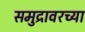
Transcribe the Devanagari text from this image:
समुद्रावरच्या